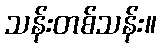
သန်းတစ်သန်း။